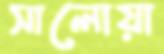
সালোয়া